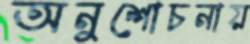
অনুশোচনায়